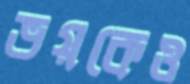
ভয়কেও